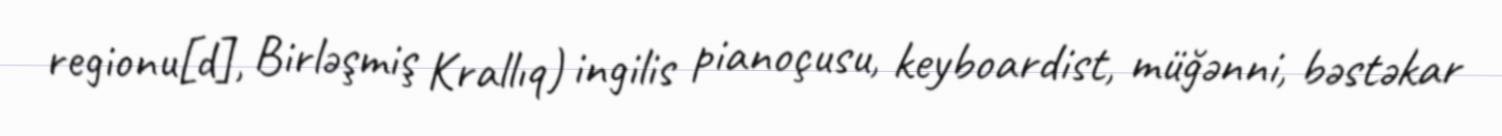
regionu[d], Birləşmiş Krallıq) ingilis pianoçusu, keyboardist, müğənni, bəstəkar